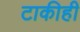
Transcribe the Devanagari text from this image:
टाकीही